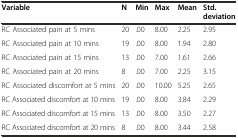
<table><thead><tr><td><b>Variable</b></td><td><b>N</b></td><td><b>Min</b></td><td><b>Max</b></td><td><b>Mean</b></td><td><b>Std. deviation</b></td></tr></thead><tbody><tr><td>RC Associated pain at 5 mins</td><td>20</td><td>.00</td><td>8.00</td><td>2.25</td><td>2.95</td></tr><tr><td>RC Associated pain at 10 mins</td><td>19</td><td>.00</td><td>8.00</td><td>1.94</td><td>2.80</td></tr><tr><td>RC Associated pain at 15 mins</td><td>13</td><td>.00</td><td>7.00</td><td>1.61</td><td>2.66</td></tr><tr><td>RC Associated pain at 20 mins</td><td>8</td><td>.00</td><td>7.00</td><td>2.25</td><td>3.15</td></tr><tr><td>RC Associated discomfort at 5 mins</td><td>20</td><td>.00</td><td>10.00</td><td>5.25</td><td>2.65</td></tr><tr><td>RC Associated discomfort at 10 mins</td><td>19</td><td>.00</td><td>8.00</td><td>3.84</td><td>2.29</td></tr><tr><td>RC Associated discomfort at 15 mins</td><td>13</td><td>.00</td><td>8.00</td><td>3.50</td><td>2.27</td></tr><tr><td>RC Associated discomfort at 20 mins</td><td>8</td><td>.00</td><td>8.00</td><td>3.44</td><td>2.58</td></tr></tbody></table>